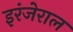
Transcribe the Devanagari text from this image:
इरंजेराल